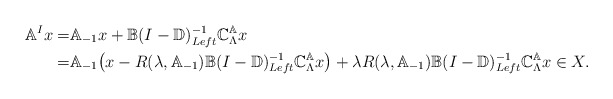
\begin{align*} \mathbb{A}^Ix=&\mathbb{A}_{-1}x+\mathbb{B}(I-\mathbb{D})^{-1}_{Left}\mathbb{C}_\Lambda^\mathbb{A}x\\=&\mathbb{A}_{-1}\big(x-R(\lambda,\mathbb{A}_{-1})\mathbb{B}(I-\mathbb{D})^{-1}_{Left}\mathbb{C}_\Lambda^\mathbb{A}x\big)+\lambda R(\lambda,\mathbb{A}_{-1})\mathbb{B}(I-\mathbb{D})^{-1}_{Left}\mathbb{C}_\Lambda^\mathbb{A}x\in X.\end{align*}